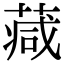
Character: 𦸮